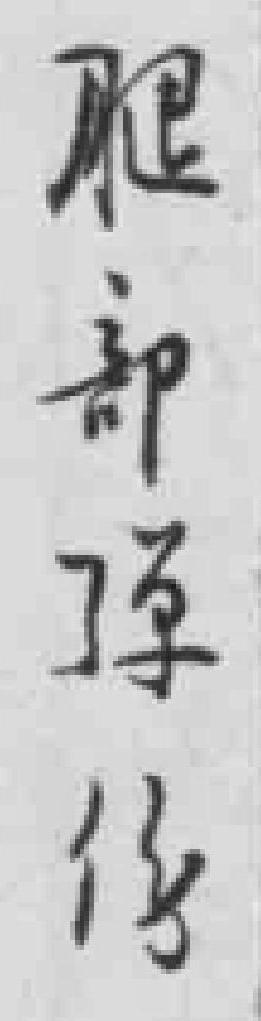
腿部弹伤